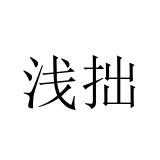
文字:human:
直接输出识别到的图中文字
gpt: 浅拙